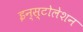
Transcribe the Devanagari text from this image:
इन्स्टोलेशन